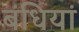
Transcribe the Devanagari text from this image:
बंधियां